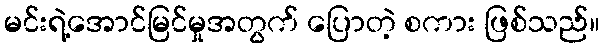
မင်းရဲ့အောင်မြင်မှုအတွက် ပြောတဲ့ စကား ဖြစ်သည်။